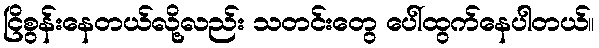
ငြိစွန်းနေတယ်လို့လည်း သတင်းတွေ ပေါ်ထွက်နေပါတယ်။